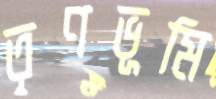
তৃণভূমি